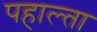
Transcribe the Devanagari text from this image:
पहाल्ता